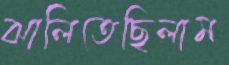
ঝালিতেছিলাম